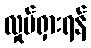
လှုပ်ရှားရန်